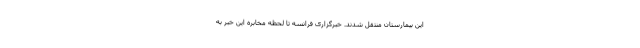
این بیمارستان منتقل شدند. خبرگزاری فرانسه تا لحظه مخابره این خبر به